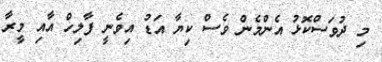
މި ދުވަސްކޮޅު އެންމެން ވެސް ކިޔާ އަޑު އިވެނީ ފާލިހް އާއި މީރާ